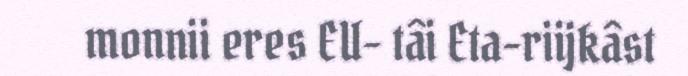
monnii eres EU- tâi Eta-riijkâst